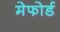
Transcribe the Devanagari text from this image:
मेफोर्ड